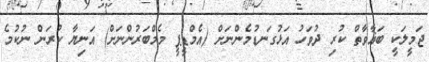
ޖަމީލަކީ ބަޣާވާތް ކުރި ދުވަހު އަޅުގަނޑުމެންނަށް (އެމްޑީޕީ މެމްބަރުންނަށް) އަނިޔާ ކުރަން ނުކުމެ